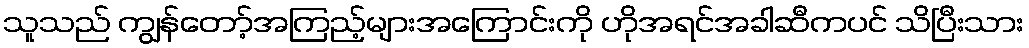
သူသည် ကျွန်တော့်အကြည့်များအကြောင်းကို ဟိုအရင်အခါဆီကပင် သိပြီးသား